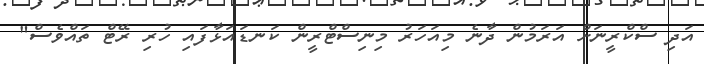
އަދި ސްކްރީނަށް އަރަމުން ދާނެ މިއަހަރު މިނިސްޓްރީން ކަނޑައަޅާފައި ހުރި ރޭޓް ތައްވެސް"